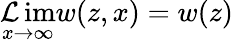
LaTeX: \operatorname*{\mathcal{L}im}_{x\rightarrow\infty}w(z,x)=w(z)